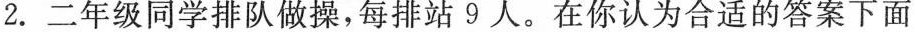
2.二年级同学排队做操，每排站9人。在你认为合适的答案下面